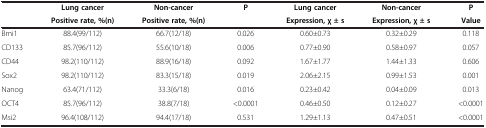
|  | Lung cancer | Non-cancer | P | Lung cancer | Non-cancer | P |
 |  | Positive rate, %(n) | Positive rate, %(n) |  | Expression, χ ± s | Expression, χ ± s | Value |
 | --- | --- | --- | --- | --- | --- | --- |
 | Bmi1 | 88.4(99/112) | 66.7(12/18) | 0.026 | 0.60±0.73 | 0.32±0.29 | 0.118 |
 | CD133 | 85.7(96/112) | 55.6(10/18) | 0.006 | 0.77±0.90 | 0.58±0.97 | 0.057 |
 | CD44 | 98.2(110/112) | 88.9(16/18) | 0.092 | 1.67±1.77 | 1.44±1.33 | 0.606 |
 | Sox2 | 98.2(110/112) | 83.3(15/18) | 0.019 | 2.06±2.15 | 0.99±1.53 | 0.001 |
 | Nanog | 63.4(71/112) | 33.3(6/18) | 0.016 | 0.23±0.42 | 0.04±0.09 | 0.013 |
 | OCT4 | 85.7(96/112) | 38.8(7/18) | <0.0001 | 0.46±0.50 | 0.12±0.27 | <0.0001 |
 | Msi2 | 96.4(108/112) | 94.4(17/18) | 0.531 | 1.29±1.13 | 0.47±0.51 | <0.0001 |